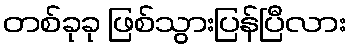
တစ်ခုခု ဖြစ်သွားပြန်ပြီလား